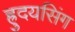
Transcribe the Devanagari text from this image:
ह्रुदयसिंग